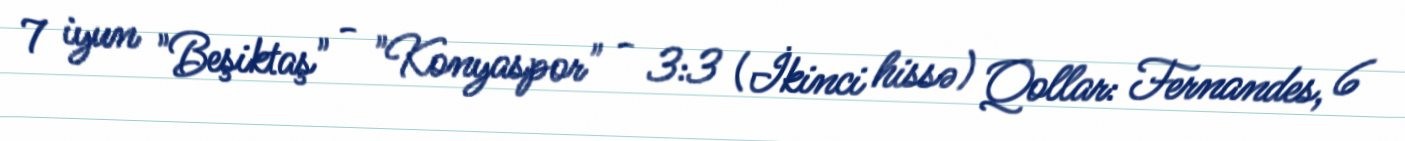
7 iyun "Beşiktaş" - "Konyaspor" - 3:3 (İkinci hissə) Qollar: Fernandes, 6